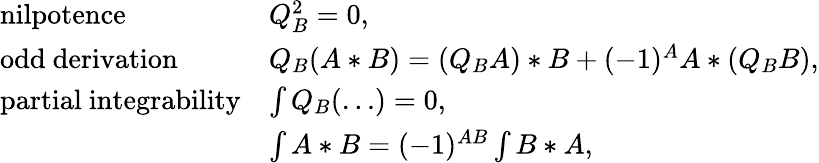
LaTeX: \left.\begin{array}{ll}{{\mathrm{nilpotence}}}&{{Q_{B}^{2}=0,}}\\ {{\mathrm{odd~derivation}}}&{{Q_{B}(A*B)=(Q_{B}A)*B+(-1)^{A}A*(Q_{B}B),}}\\ {{\mathrm{partial~integrability}}}&{{\int Q_{B}(\ldots)=0,}}\\ {{}}&{{\int A*B=(-1)^{AB}\int B*A,}}\end{array}\right.